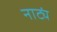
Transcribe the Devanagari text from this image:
नाट्यं